38_143685_box7_Incident_Summaries_1-100
Agency: Department of War
Page 162
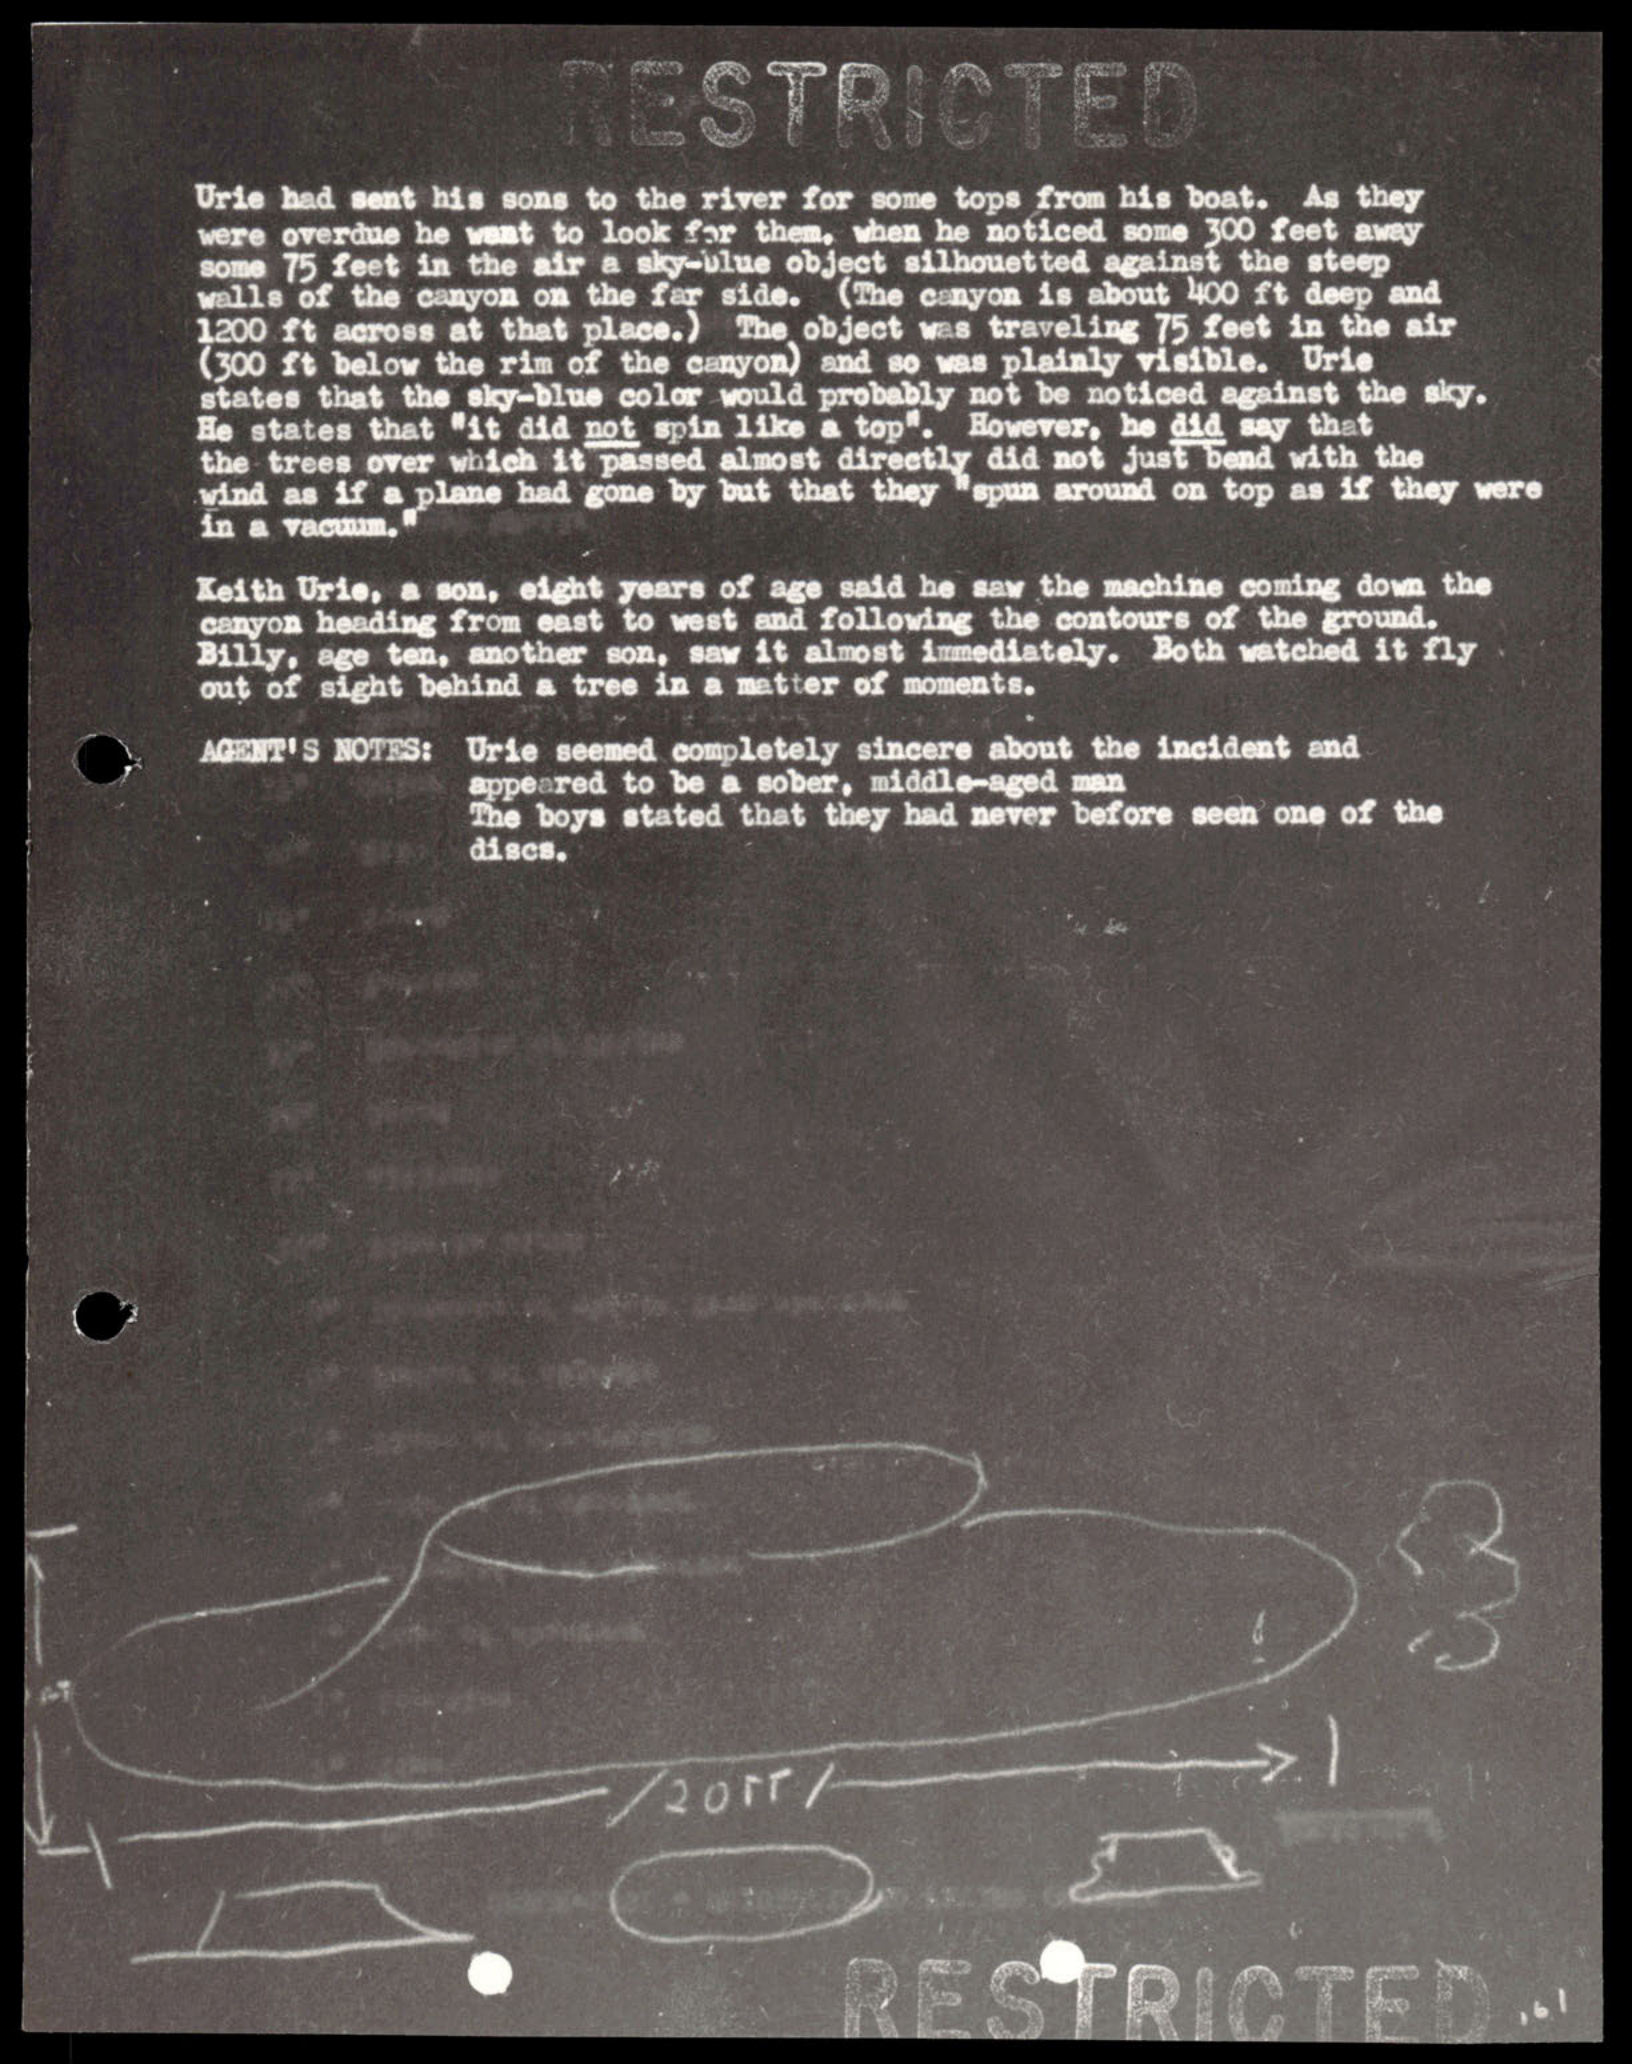